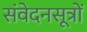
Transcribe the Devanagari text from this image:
संवेदनसूत्रों